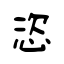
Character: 恣